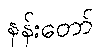
နန်းတော်